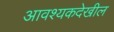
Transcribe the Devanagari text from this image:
आवश्यकदेखील